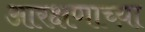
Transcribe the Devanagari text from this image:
आरक्षणाच्य़ा